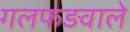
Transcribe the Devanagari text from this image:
गलफड़वाले